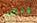
ولكن